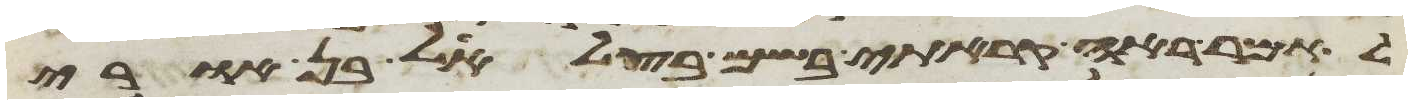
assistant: לאמר ראה קראתי בשם בצלאל בן חורי